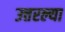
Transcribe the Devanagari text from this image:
उत्तरल्या